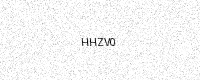
Text: HHZV0